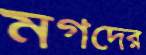
মগদের